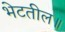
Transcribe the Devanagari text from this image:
भेटतील॥